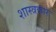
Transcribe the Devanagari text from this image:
शास्त्रकारः